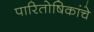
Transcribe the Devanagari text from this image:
पारितोषिकांचे